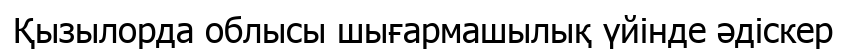
Қызылорда облысы шығармашылық үйінде әдіскер